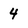
Character: 4